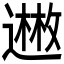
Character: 𬩊